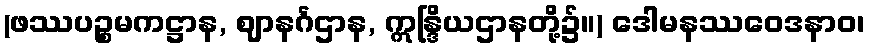
(ဖဿပဉ္စမကဋ္ဌာန, ဈာနင်္ဂဌာန, ဣန္ဒြိယဌာနတို့၌။) ဒေါမနဿဝေဒနာဝ၊